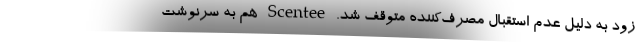
زود به دلیل عدم استقبال مصرف‌کننده متوقف شد. Scentee هم به سرنوشت